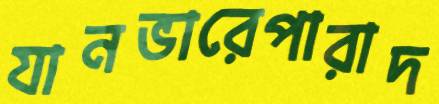
যানভারেপারাদ